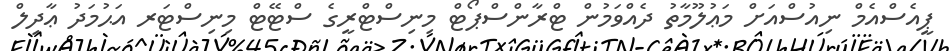
ޕީއެސްއެމް ނިއުސްއަށް މަޢުލޫމާތު ދެއްވަމުން ޓްރާންސްޕޯޓް މިނިސްޓްރީގެ ސްޓޭޓް މިނިސްޓަރ އަޙުމަދު ޢާދިލް